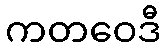
ကတဝေဒီ